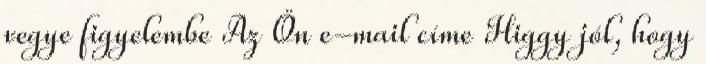
vegye figyelembe Az Ön e-mail címe Higgy jól, hogy